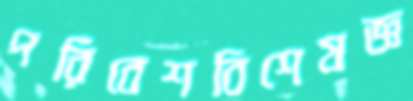
পরিবেশবিশেষজ্ঞ